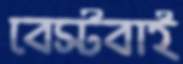
বেস্টবাই